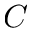
C